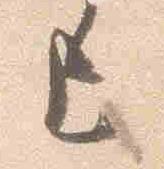
上